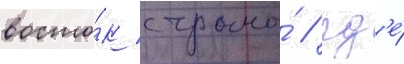
восто́к страны́ / гд'е́